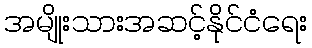
အမျိုးသားအဆင့်နိုင်ငံရေး